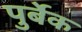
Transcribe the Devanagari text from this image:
पुर्बेक